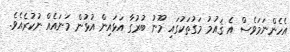
އެހެންނަމަވެސް އެ ޤައުމު މަގުތަކުގައި މޫނު ބުރުގާ އަޅައިން އުޅުން މަނައެއް ނުކުރެއެވެ.